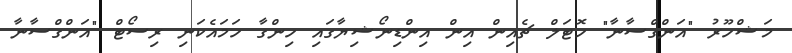
މަޝްހޫރު "އަންގްސާނާ" ހޮޓަލް ޗެއިން އިން އިންޑިނޯޝިޔާގައި ހިންގާ ހަމައެކަނި ރިސޯޓް "އަންގްސާނާ